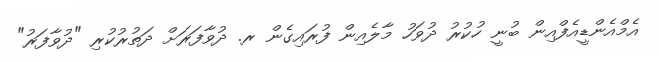
އެމްއެންޑީއެފްއިން ބުނީ ހުކުރު ދުވަހު މާލެއިން ފުރައިގެން ރ. ދުވާފަރަށް ދަތުރުކުރި "ދުވާފަރު"